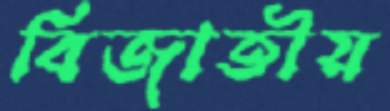
বিজাতীয়